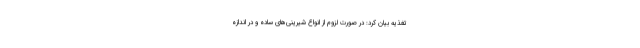
تغذیه بیان کرد: در صورت لزوم از انواع شیرینی‌های ساده و در اندازه